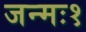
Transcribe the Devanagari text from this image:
जन्मः१